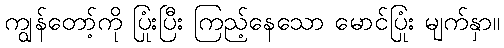
ကျွန်တော့်ကို ပြုံးပြီး ကြည့်နေသော မောင်ပြုံး မျက်နှာ။